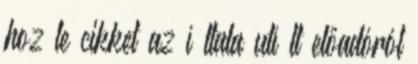
hoz le cikket az í ltala utí lt előadóról